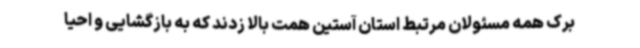
برک همه مسئولان مرتبط استان آستین همت بالا زدند که به بازگشایی و احیا